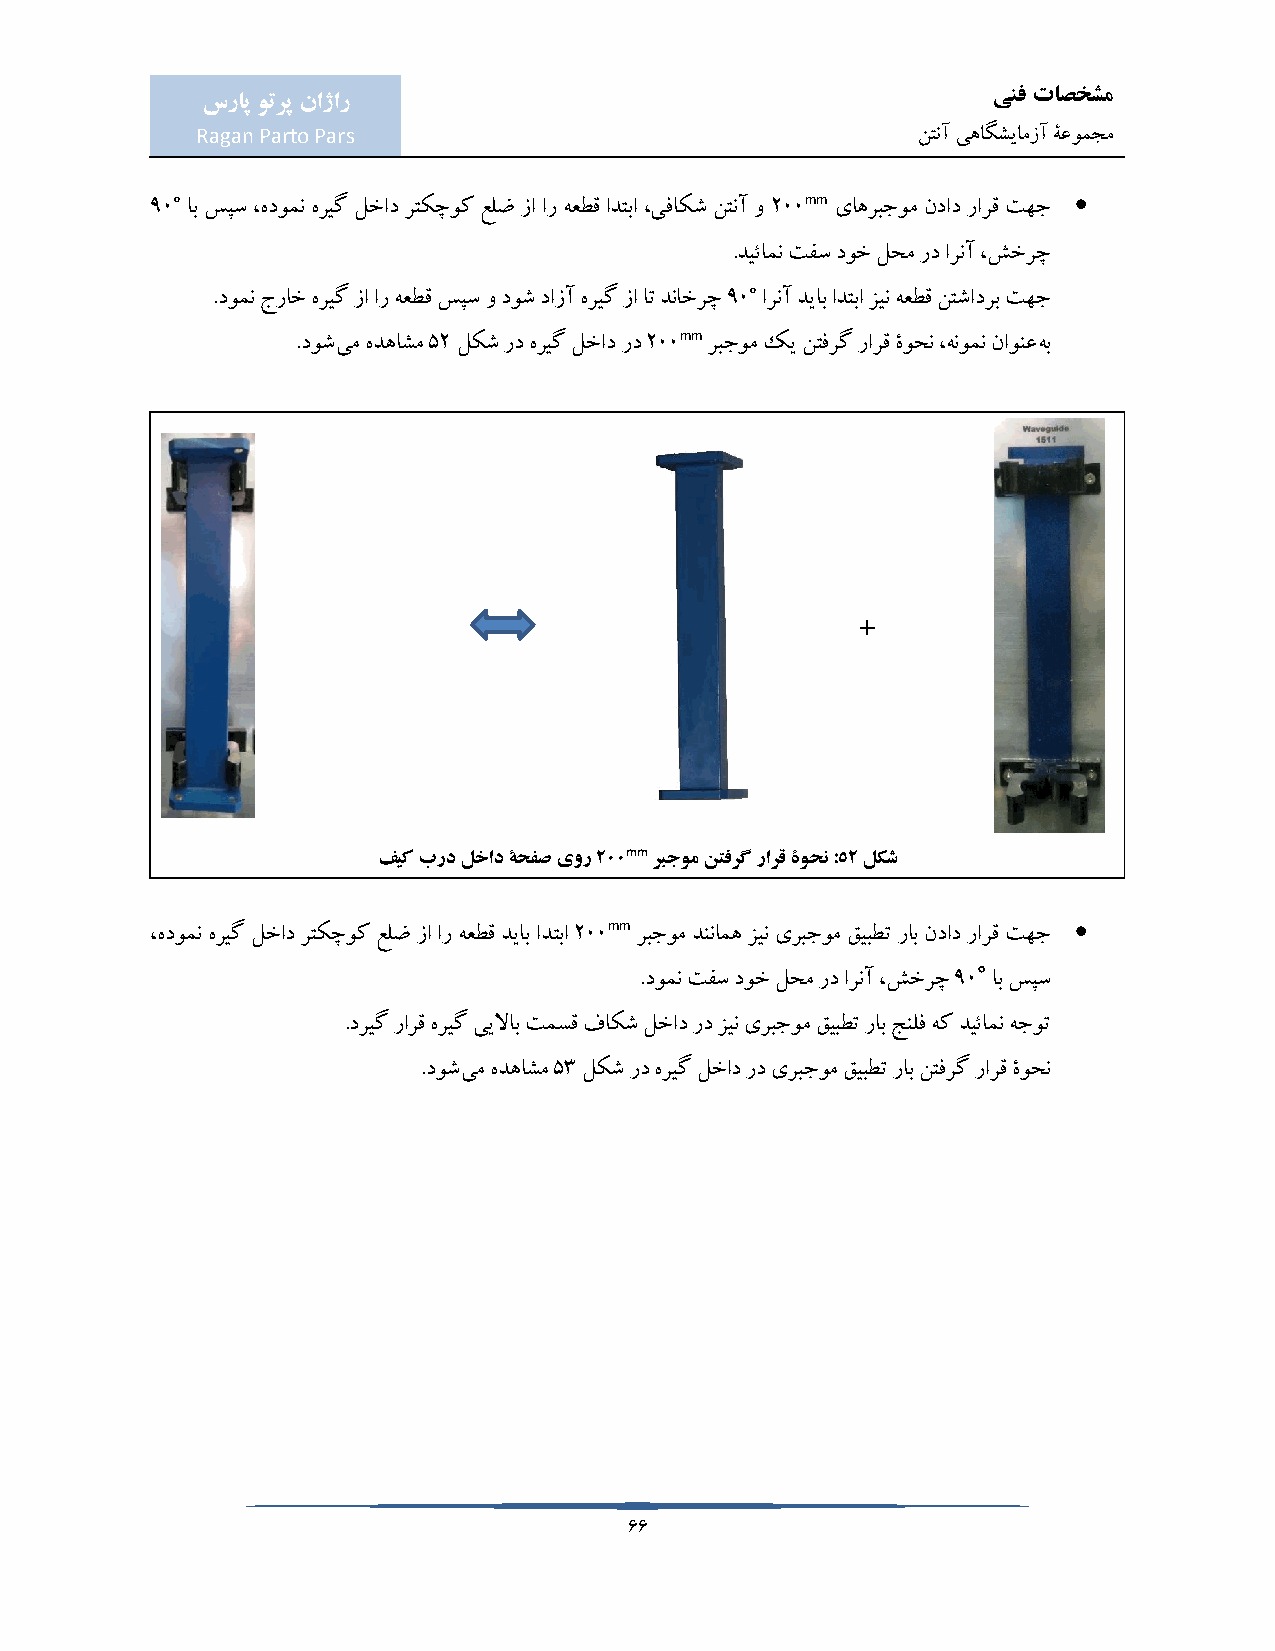
ینف تاصخشم
 سراپ وترپ ناژار
 Ragan Parto Pars                                نتنآ یهاگشیامزآ ۀعومجم
 °                                         mm                
 90 اب سپس ،هدومن هریگ لخاد رتکچوک علض زا ار هعطق ادتبا ،یفاکش نتنآ و 200 یاهربجوم نداد رارق تهج
 .دیئامن تفس دوخ لحم رد ارنآ ،شخرچ
 °
 .دومن جراخ هریگ زا ار هعطق سپس و دوش دازآ هریگ زا ات دناخرچ 90 ارنآ دیاب ادتبا زین هعطق نتشادرب تهج
 mm
 .دوشیم هدهاشم 52 لکش رد هریگ لخاد رد 200 ربجوم کی نتفرگ رارق ۀوحن ،هنومن ناونعهب
 +
 mm
 فیک برد لخاد ۀحفص یور 200 ربجوم نتفرگ رارق ۀوحن :52 لکش
 mm                             
 ،هدومن هریگ لخاد رتکچوک علض زا ار هعطق دیاب ادتبا 200 ربجوم دننامه زین یربجوم قیبطت راب نداد رارق تهج
 °
 .دومن تفس دوخ لحم رد ارنآ ،شخرچ 90 اب سپس
 .دریگ رارق هریگ ییلااب تمسق فاکش لخاد رد زین یربجوم قیبطت راب جنلف هک دیئامن هجوت
 .دوشیم هدهاشم 53 لکش رد هریگ لخاد رد یربجوم قیبطت راب نتفرگ رارق ۀوحن
 66